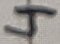
Text: 4